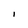
Character: 1